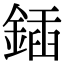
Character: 鍤